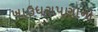
ખાઉધરાપણાનો